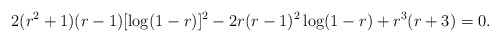
\begin{align*}2(r^{2}+1)(r-1)[\log(1-r)]^{2} - 2r(r-1)^{2}\log(1-r) + r^{3}(r +3) =0.\end{align*}